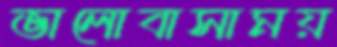
ভালোবাসাময়